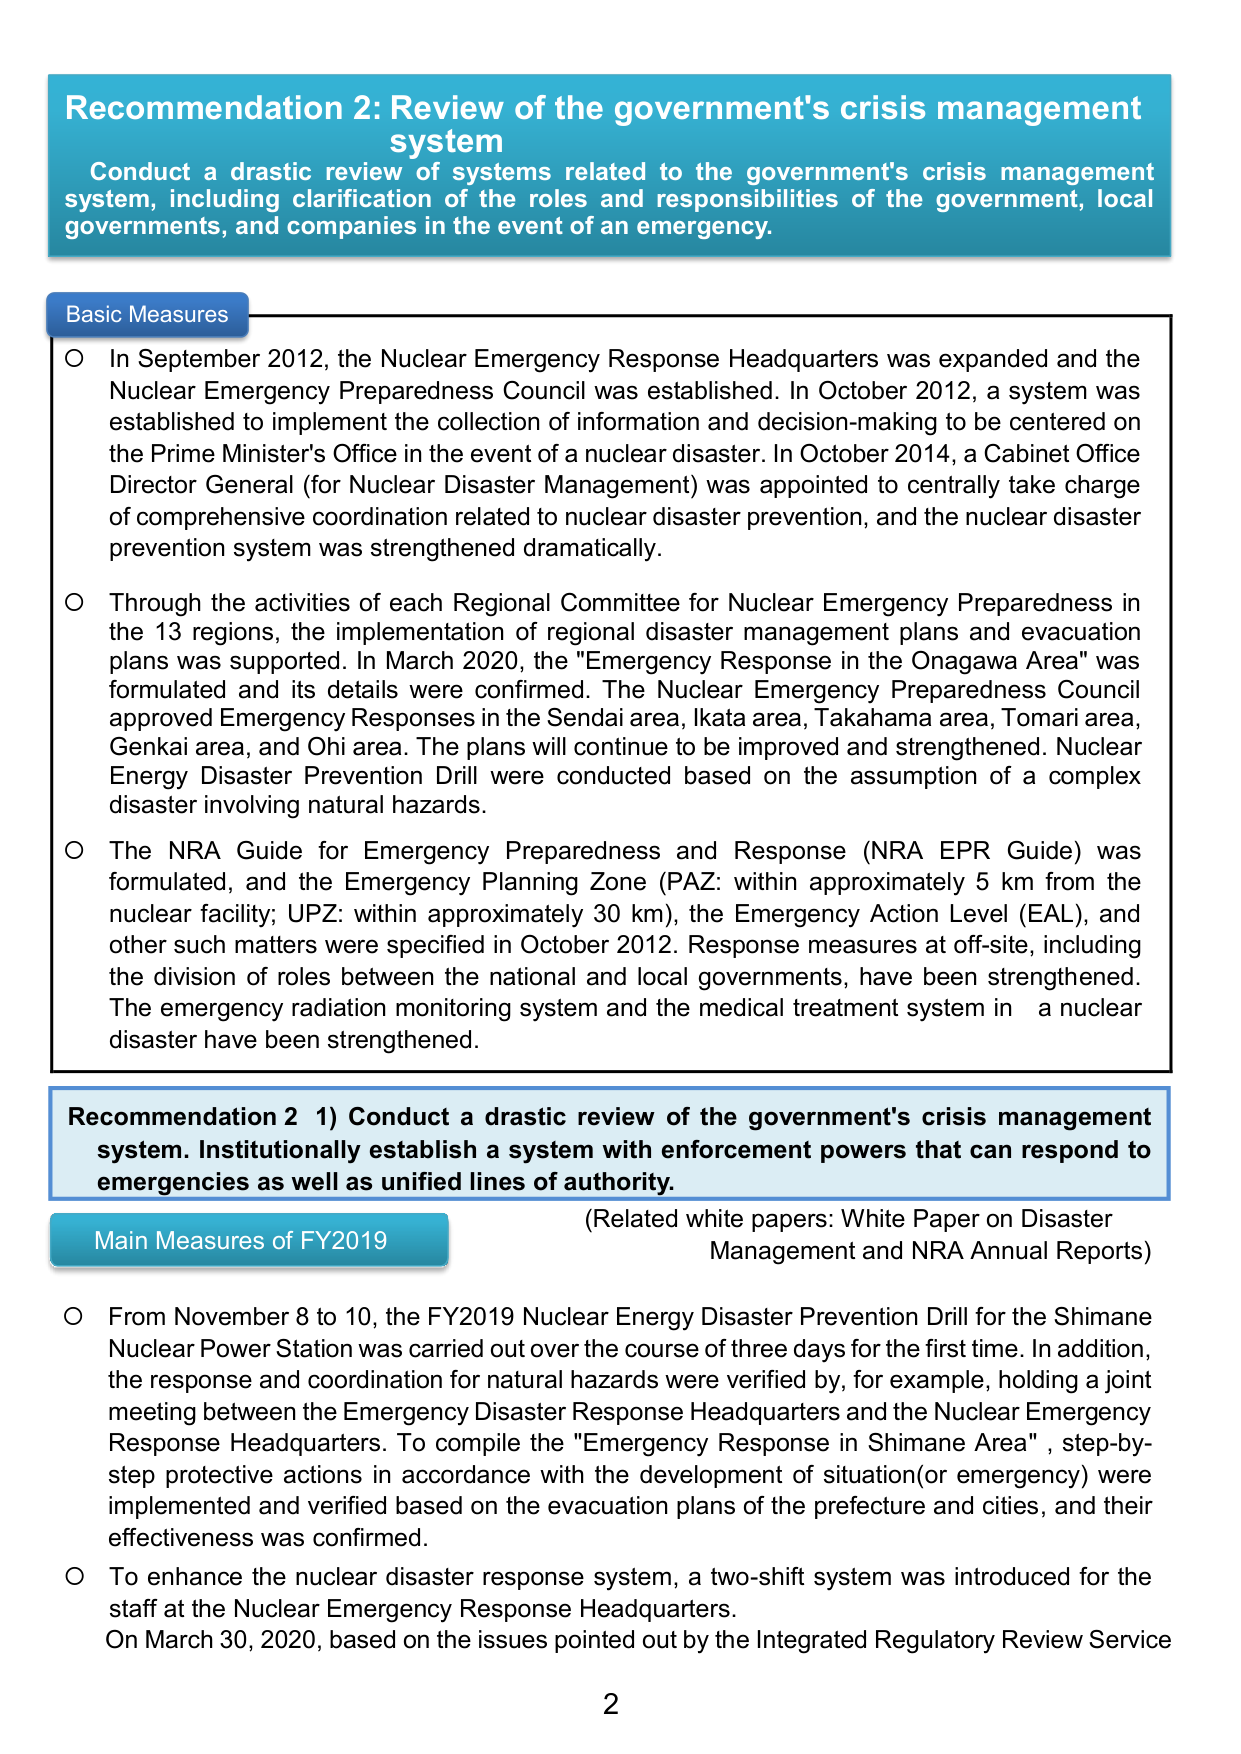
Recommendation 2: Review of the government's crisis management system
Conduct a drastic review of systems related to the government's crisis management system, including clarification of the roles and responsibilities of the government, local governments, and companies in the event of an emergency.

Basic Measures
○ In September 2012, the Nuclear Emergency Response Headquarters was expanded and the Nuclear Emergency Preparedness Council was established. In October 2012, a system was established to implement the collection of information and decision-making to be centered on the Prime Minister's Office in the event of a nuclear disaster. In October 2014, a Cabinet Office Director General (for Nuclear Disaster Management) was appointed to centrally take charge of comprehensive coordination related to nuclear disaster prevention, and the nuclear disaster prevention system was strengthened dramatically.
○ Through the activities of each Regional Committee for Nuclear Emergency Preparedness in the 13 regions, the implementation of regional disaster management plans and evacuation plans was supported. In March 2020, the "Emergency Response in the Onagawa Area" was formulated and its details were confirmed. The Nuclear Emergency Preparedness Council approved Emergency Responses in the Sendai area, Ikata area, Takahama area, Tomari area, Genkai area, and Ohi area. The plans will continue to be improved and strengthened. Nuclear Energy Disaster Prevention Drill were conducted based on the assumption of a complex disaster involving natural hazards.
○ The NRA Guide for Emergency Preparedness and Response (NRA EPR Guide) was formulated, and the Emergency Planning Zone (PAZ: within approximately 5 km from the nuclear facility; UPZ: within approximately 30 km), the Emergency Action Level (EAL), and other such matters were specified in October 2012. Response measures at off-site, including the division of roles between the national and local governments, have been strengthened. The emergency radiation monitoring system and the medical treatment system in a nuclear disaster have been strengthened.

Recommendation 2 1) Conduct a drastic review of the government's crisis management system. Institutionally establish a system with enforcement powers that can respond to emergencies as well as unified lines of authority.
(Related white papers: White Paper on Disaster Management and NRA Annual Reports)

Main Measures of FY2019
○ From November 8 to 10, the FY2019 Nuclear Energy Disaster Prevention Drill for the Shimane Nuclear Power Station was carried out over the course of three days for the first time. In addition, the response and coordination for natural hazards were verified by, for example, holding a joint meeting between the Emergency Disaster Response Headquarters and the Nuclear Emergency Response Headquarters. To compile the "Emergency Response in Shimane Area", step-by-step protective actions in accordance with the development of situation(or emergency) were implemented and verified based on the evacuation plans of the prefecture and cities, and their effectiveness was confirmed.
○ To enhance the nuclear disaster response system, a two-shift system was introduced for the staff at the Nuclear Emergency Response Headquarters. On March 30, 2020, based on the issues pointed out by the Integrated Regulatory Review Service

2